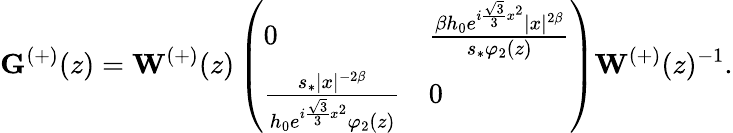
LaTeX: \mathbf{G}^{(+)}(z)=\mathbf{W}^{(+)}(z)\left(\begin{array}{ll}{0}&{\frac{\beta h_{0}e^{i\frac{\sqrt{3}}{3}x^{2}}|x|^{2\beta}}{s_{*}\varphi_{2}(z)}}\\ {\frac{s_{*}|x|^{-2\beta}}{h_{0}e^{i\frac{\sqrt{3}}{3}x^{2}}\varphi_{2}(z)}}&{0}\end{array}\right)\mathbf{W}^{(+)}(z)^{-1}.